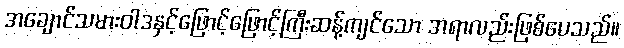
အချောင်သမားဝါဒနှင့်ဖြောင့်ဖြောင့်ကြီးဆန့်ကျင်သော အရာလည်းဖြစ်ပေသည်။